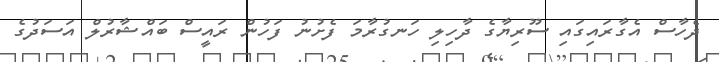
ދެހާސް އެގާރައިގައި ސޫރިޔާގެ ދާހިލި ހަނގުރާމަ ފެށުނު ފަހުން ރައީސް ބައްޝާރުލް އަސަދުގެ